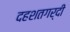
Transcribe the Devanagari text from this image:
दहशतगर्दी